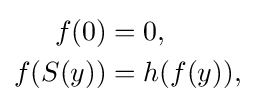
{\begin{aligned}f(0)&=0,\\f(S(y))&=h(f(y)),\end{aligned}}